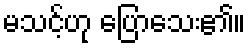
မသင့်ဟု ပြောသေး၏။